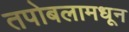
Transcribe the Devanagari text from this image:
तपोबलामधून